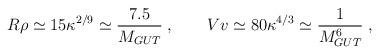
LaTeX: \begin{align*}R\rho \simeq 15\kappa^{2/9} \simeq \frac{7.5}{M_{GUT}}\; , \qquad Vv \simeq 80\kappa^{4/3} \simeq \frac{1}{M_{GUT}^6}\; , \end{align*}